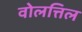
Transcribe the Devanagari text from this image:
वोलत्तिल